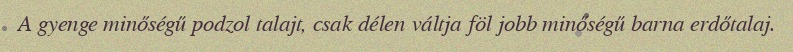
A gyenge minőségű podzol talajt, csak délen váltja föl jobb minőségű barna erdőtalaj.